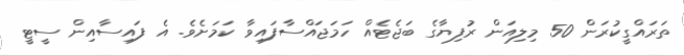
ތަރައްގީކުރަން 50 މިލިއަން ރުފިޔާގެ ބަޖެޓެއް ހަމަޖައްސާފައިވާ ކަމަށެވެ. އެ ފައިސާއިން ސީޓީ